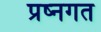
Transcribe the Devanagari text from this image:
प्रष्नगत